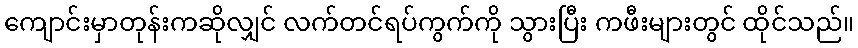
ကျောင်းမှာတုန်းကဆိုလျှင် လက်တင်ရပ်ကွက်ကို သွားပြီး ကဖီးများတွင် ထိုင်သည်။